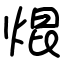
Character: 焜